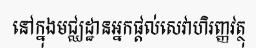
នៅក្នុងមជ្ឈដ្ឋានអ្នកផ្តល់សេវាហិរញ្ញវត្ថុ